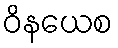
ဝိနယေစ